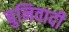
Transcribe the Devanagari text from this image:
बुनिवादी